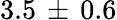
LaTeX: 3.5\, \pm\, 0.6